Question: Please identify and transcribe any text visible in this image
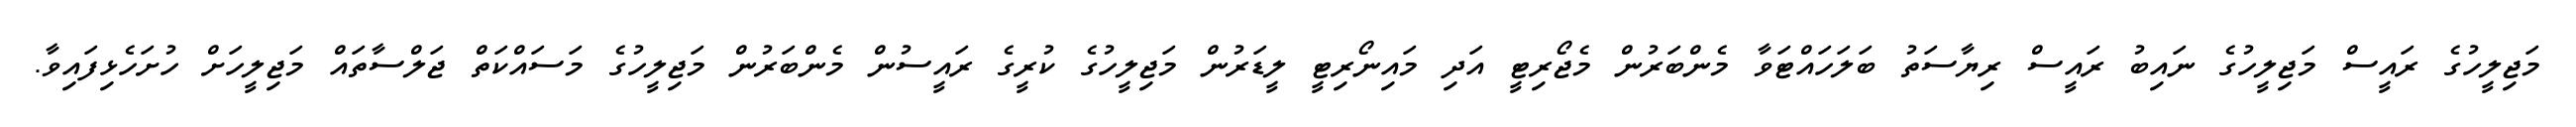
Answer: މަޖިލީހުގެ ރައީސް މަޖިލީހުގެ ނައިބު ރައީސް ރިޔާސަތު ބަލަހައްޓަވާ މެންބަރުން މެޖޯރިޓީ އަދި މައިނޯރިޓީ ލީޑަރުން މަޖިލީހުގެ ކުރީގެ ރައީސުން މެންބަރުން މަޖިލީހުގެ މަސައްކަތް ޖަލްސާތައް މަޖިލީހަށް ހުށަހެޅިފައިވާ.